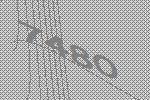
7480